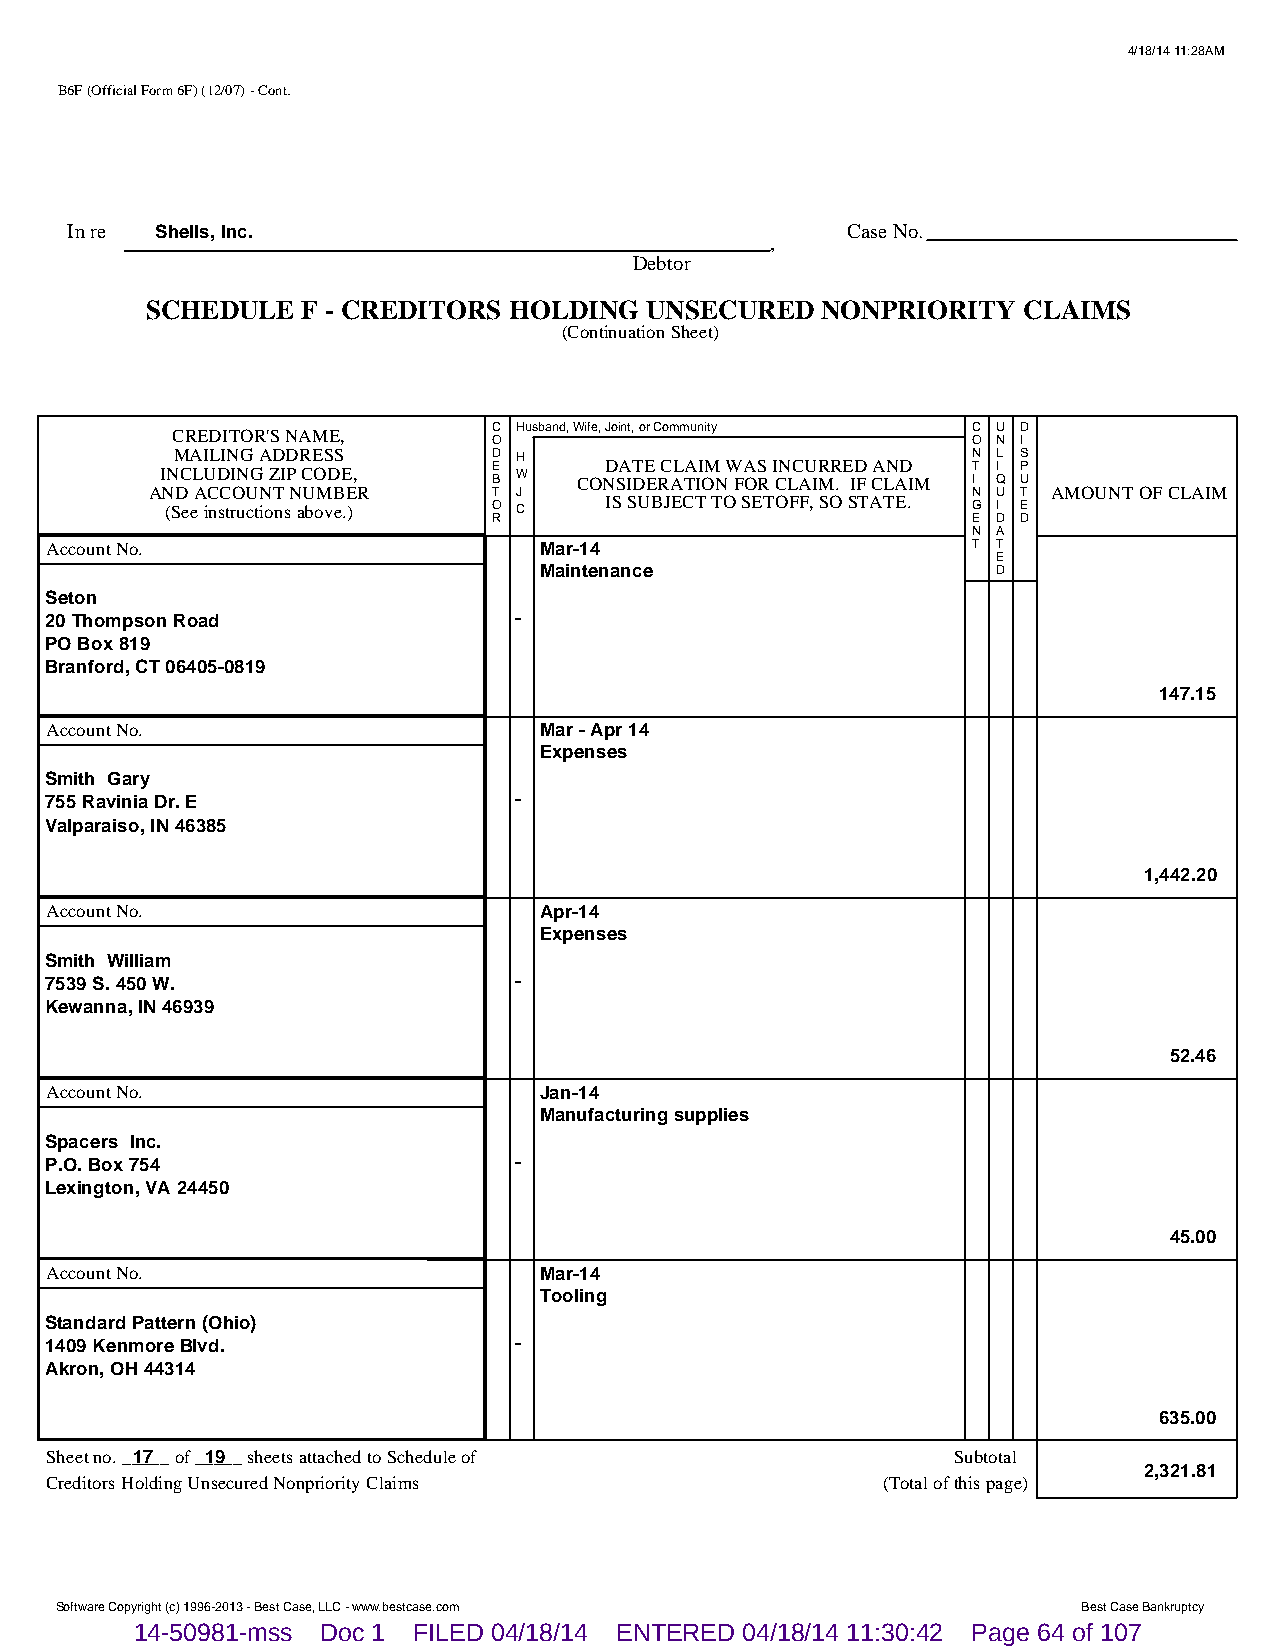
4/18/14 11:28AM
 B6F (Official Form 6F) (12/07) - Cont.
 In re Shells, Inc.                                  Case No.
 ,
 Debtor
 SCHEDULE  F - CREDITORS HOLDING  UNSECURED  NONPRIORITY   CLAIMS
 (Continuation Sheet)
 CREDITOR'S NAME,      C Husband, Wife, Joint, or Community C U D
 O                              O N I
 MAILING ADDRESS       D H                            N L S
 INCLUDING ZIP CODE,   E B W COND SA IT DE E RC AL TA II OM N W FA OS R I CN LC AU IR MR . E ID F CA LN AD IM T I I Q P U
 AND ACCOUNT NUMBER     T J                            N U T AMOUNT OF CLAIM
 (See instructions above.) O C IS SUBJECT TO SETOFF, SO STATE. G I E
 R                              E D D
 N A
 Account No.                      Mar-14                      T T
 E
 Maintenance                   D
 Seton
 20 Thompson Road               -
 PO Box 819
 Branford, CT 06405-0819
 147.15
 Account No.                      Mar - Apr 14
 Expenses
 Smith Gary
 755 Ravinia Dr. E              -
 Valparaiso, IN 46385
 1,442.20
 Account No.                      Apr-14
 Expenses
 Smith William
 7539 S. 450 W.                 -
 Kewanna, IN 46939
 52.46
 Account No.                      Jan-14
 Manufacturing supplies
 Spacers Inc.
 P.O. Box 754                   -
 Lexington, VA 24450
 45.00
 Account No.                      Mar-14
 Tooling
 Standard Pattern (Ohio)
 1409 Kenmore Blvd.             -
 Akron, OH 44314
 635.00
 Sheet no. __1_7__ of __1_9__ sheets attached to Schedule of Subtotal
 2,321.81
 Creditors Holding Unsecured Nonpriority Claims         (Total of this page)
 Software Copyright (c) 1996-2013 - Best Case, LLC - www.bestcase.com Best Case Bankruptcy
 14-50981-mss Doc 1 FILED 04/18/14 ENTERED 04/18/14 11:30:42 Page 64 of 107